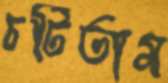
চটিতাম